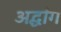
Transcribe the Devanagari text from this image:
अर्द्धांग